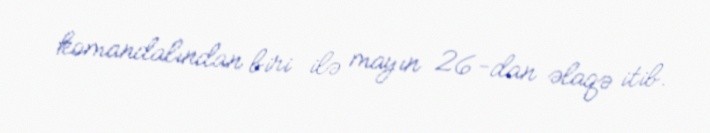
komandalından biri ilə mayın 26-dan əlaqə itib.